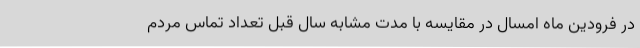
در فرودین ماه امسال در مقایسه با مدت مشابه سال قبل تعداد تماس مردم